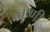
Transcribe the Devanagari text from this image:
तृष्णी